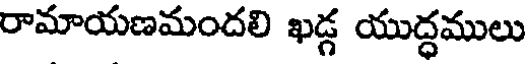
రామాయణమందలి ఖడ్డ యుద్ధములు